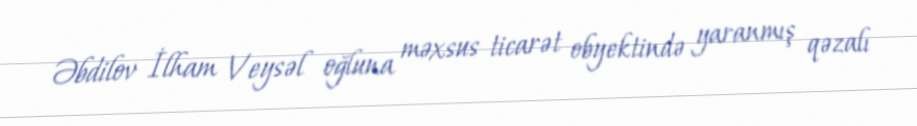
Əbdilov İlham Veysəl oğluna məxsus ticarət obyektində yaranmış qəzalı